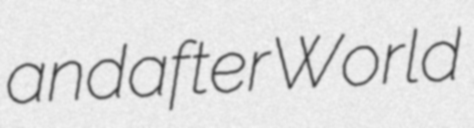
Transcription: and after World